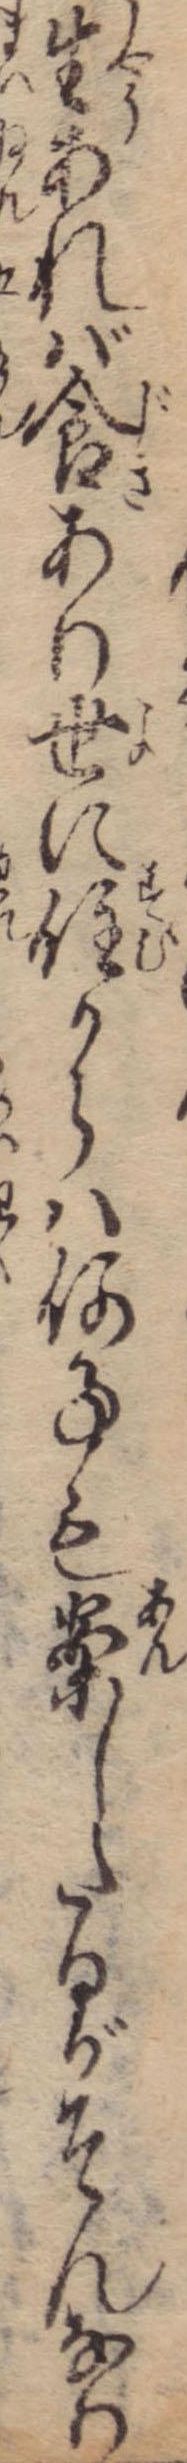
生あれば食あり世に住からは何事も案したるがそんなり